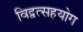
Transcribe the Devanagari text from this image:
विद्वत्सहयोग